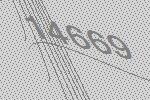
14669